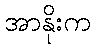
အာနိုးက